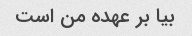
بیا بر عهده من است